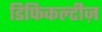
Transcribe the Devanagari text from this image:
डिफिकल्टीज़